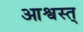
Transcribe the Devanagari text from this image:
आश्वस्त्